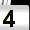
Digit: 4